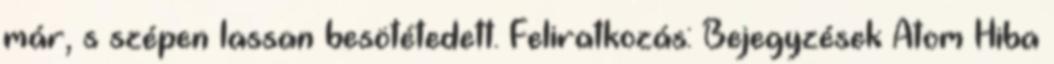
már, s szépen lassan besötétedett. Feliratkozás: Bejegyzések Atom Hiba